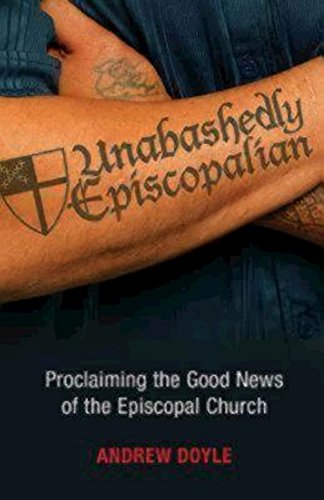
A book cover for Unabashedly Episcopalian: Proclaiming the Good News of the Episcopal Church; C. Andrew Doyle; Christian Books & Bibles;